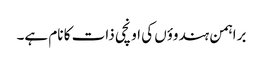
براہمن ہندوؤں کی اونچی ذات کا نام ہے۔